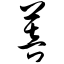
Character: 菩